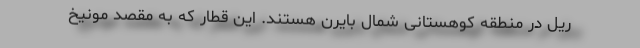
ریل در منطقه کوهستانی شمال بایرن هستند. این قطار که به مقصد مونیخ